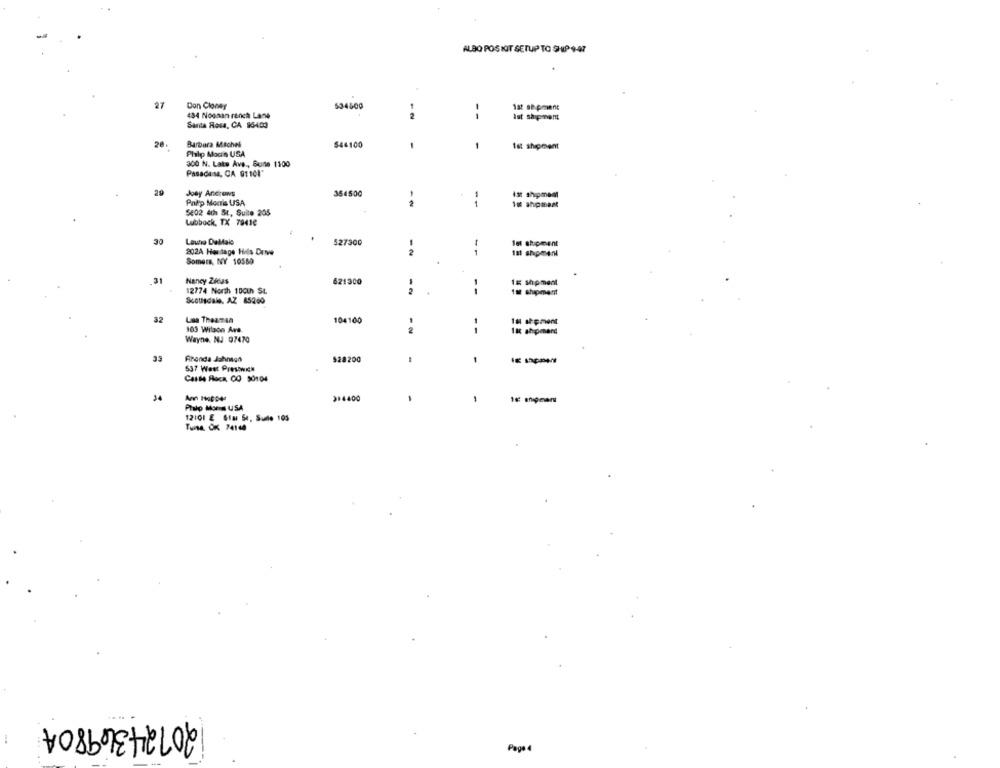
ALBO POS NIT SETUP TO SHIP 947
27
Don Cloney
534500
hat ab pment
434 Noonan ranch Lane
Ist shipment
Santa Rosa, CA 95400
28
Barbara Machel
544100
1
1
1st shipment
Philp Mocs USA
300 N. Late Ave ., Sune 1100
Pasadade, CA 91101"
Joey Ancrons
354500
-
Ist shipment
Philip Monis USA
- -
1
1 shipment
$802 4th St, Suite 205
Lubbock, TX 79410
30
Laune Dallale
527300
1
1et shipment
202A Heritage Hils Drive
2
181 shipment
Somers, NY 10550
31
Nancy Zis
621300
1E Shipment
12774 North 100th St.
2
- -
1st shipment
Scousdale, AZ 85200
32
Las Theaman
104100
IM shipment
103 Wilson Avs.
--
Ist ahomard
Wayne, NJ 07470
33
Fronda Johngh
528200
537 West Prestwick
Castle Alca, CO 50104
14
314400
1
Pralo Mond USA
12101 & Star Se, Sude 105
Tulsa, OK 74140
2012434980A
Page